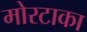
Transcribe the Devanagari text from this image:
मोरटाका